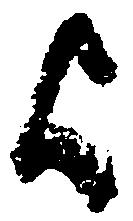
歟